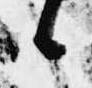
候